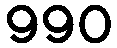
990